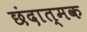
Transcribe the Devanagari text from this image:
छंदात्मक